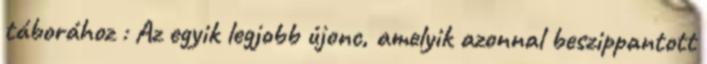
táborához : Az egyik legjobb újonc, amelyik azonnal beszippantott